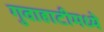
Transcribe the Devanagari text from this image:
गुवाहाटीमध्ये